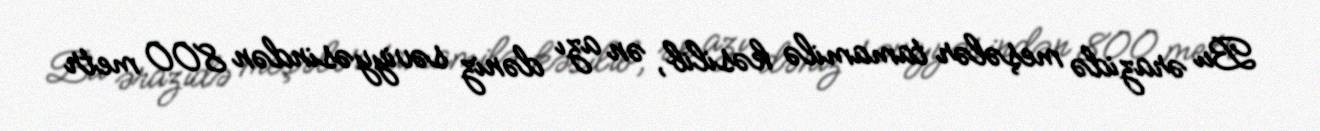
Bu ərazidə meşələr tamamilə kəsilib, ən azı dəniz səviyyəsindən 800 metr